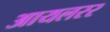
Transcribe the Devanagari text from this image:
आयलरर